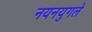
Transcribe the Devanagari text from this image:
नयनयुगले